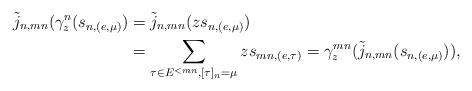
LaTeX: \begin{align*} \tilde j_{n,mn}(\gamma^n_z(s_{n,(e,\mu)}) &= \tilde j_{n,mn}(z s_{n,(e,\mu)}) \\ &= \sum_{\tau \in E^{<mn}, [\tau]_n=\mu} z s_{mn,(e,\tau)} = \gamma^{mn}_z (\tilde j_{n,mn}(s_{n,(e,\mu)})),\end{align*}